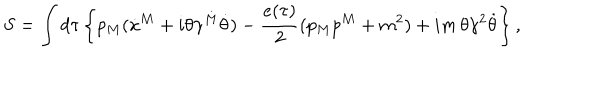
LaTeX: S = \int d \tau \left\{ p _ { M } ( \dot { x } ^ { M } + i \theta \gamma ^ { M } \dot { \theta } ) - { \frac { e ( \tau ) } { 2 } } ( p _ { M } p ^ { M } + m ^ { 2 } ) + i m \, \theta \gamma ^ { 2 } \dot { \theta } \right\} ,